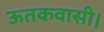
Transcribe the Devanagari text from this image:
ऊतकवासी।